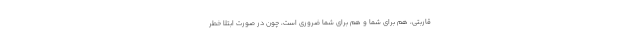
قاربتی، هم برای شما و هم برای شما ضروری است، چون در صورت ابتلا خطر